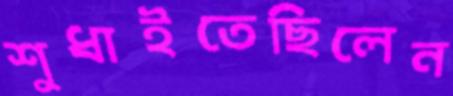
শুধাইতেছিলেন